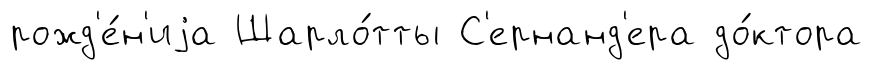
рожд'е́н'иjа Шарло́тты С'ернанд'ера до́ктора